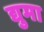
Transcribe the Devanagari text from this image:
द्युमा